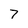
Character: 7